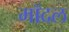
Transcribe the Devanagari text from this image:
मॉदल